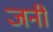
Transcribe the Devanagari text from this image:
जनीं